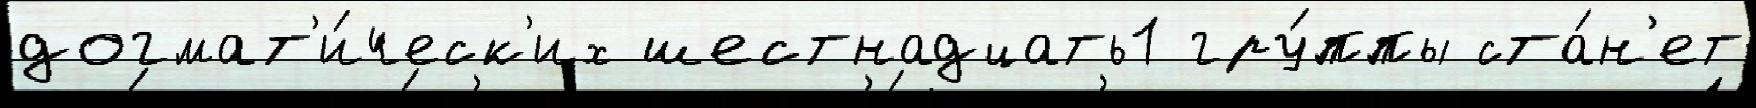
догмат'и́ческ'их шестнадцать1 гру́ппы ста́н'ет